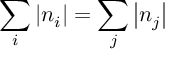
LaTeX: \sum _ { i } \left| n _ { i } \right| = \sum _ { j } \left| n _ { j } \right|